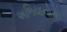
અભિયાનોનો